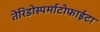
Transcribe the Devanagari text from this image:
तेरिडोस्पर्माटोफाईटा